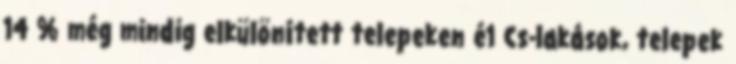
14 % még mindig elkülönített telepeken é1 Cs-lakások, telepek